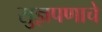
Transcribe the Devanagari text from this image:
सुज्ञपणाचे